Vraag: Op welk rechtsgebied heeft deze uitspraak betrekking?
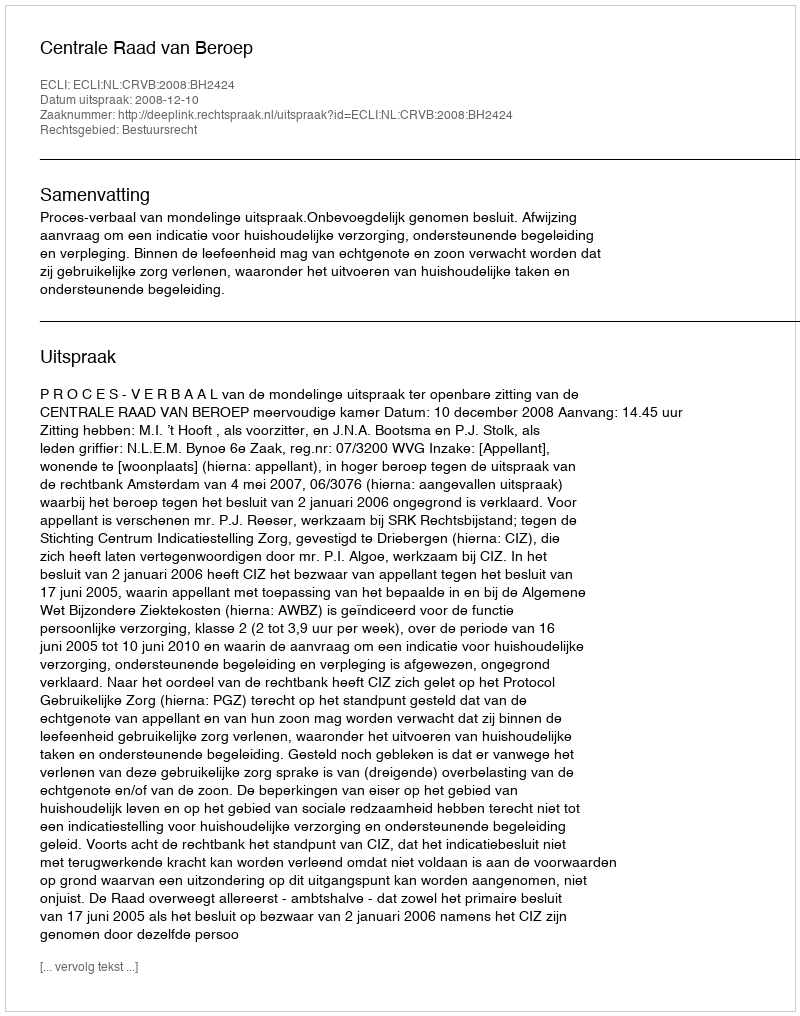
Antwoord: Bestuursrecht